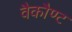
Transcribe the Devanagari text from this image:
वैकौण्ट